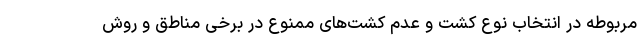
مربوطه در انتخاب نوع کشت و عدم کشت‌های ممنوع در برخی مناطق و روش